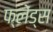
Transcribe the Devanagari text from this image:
फ्लेंड्स